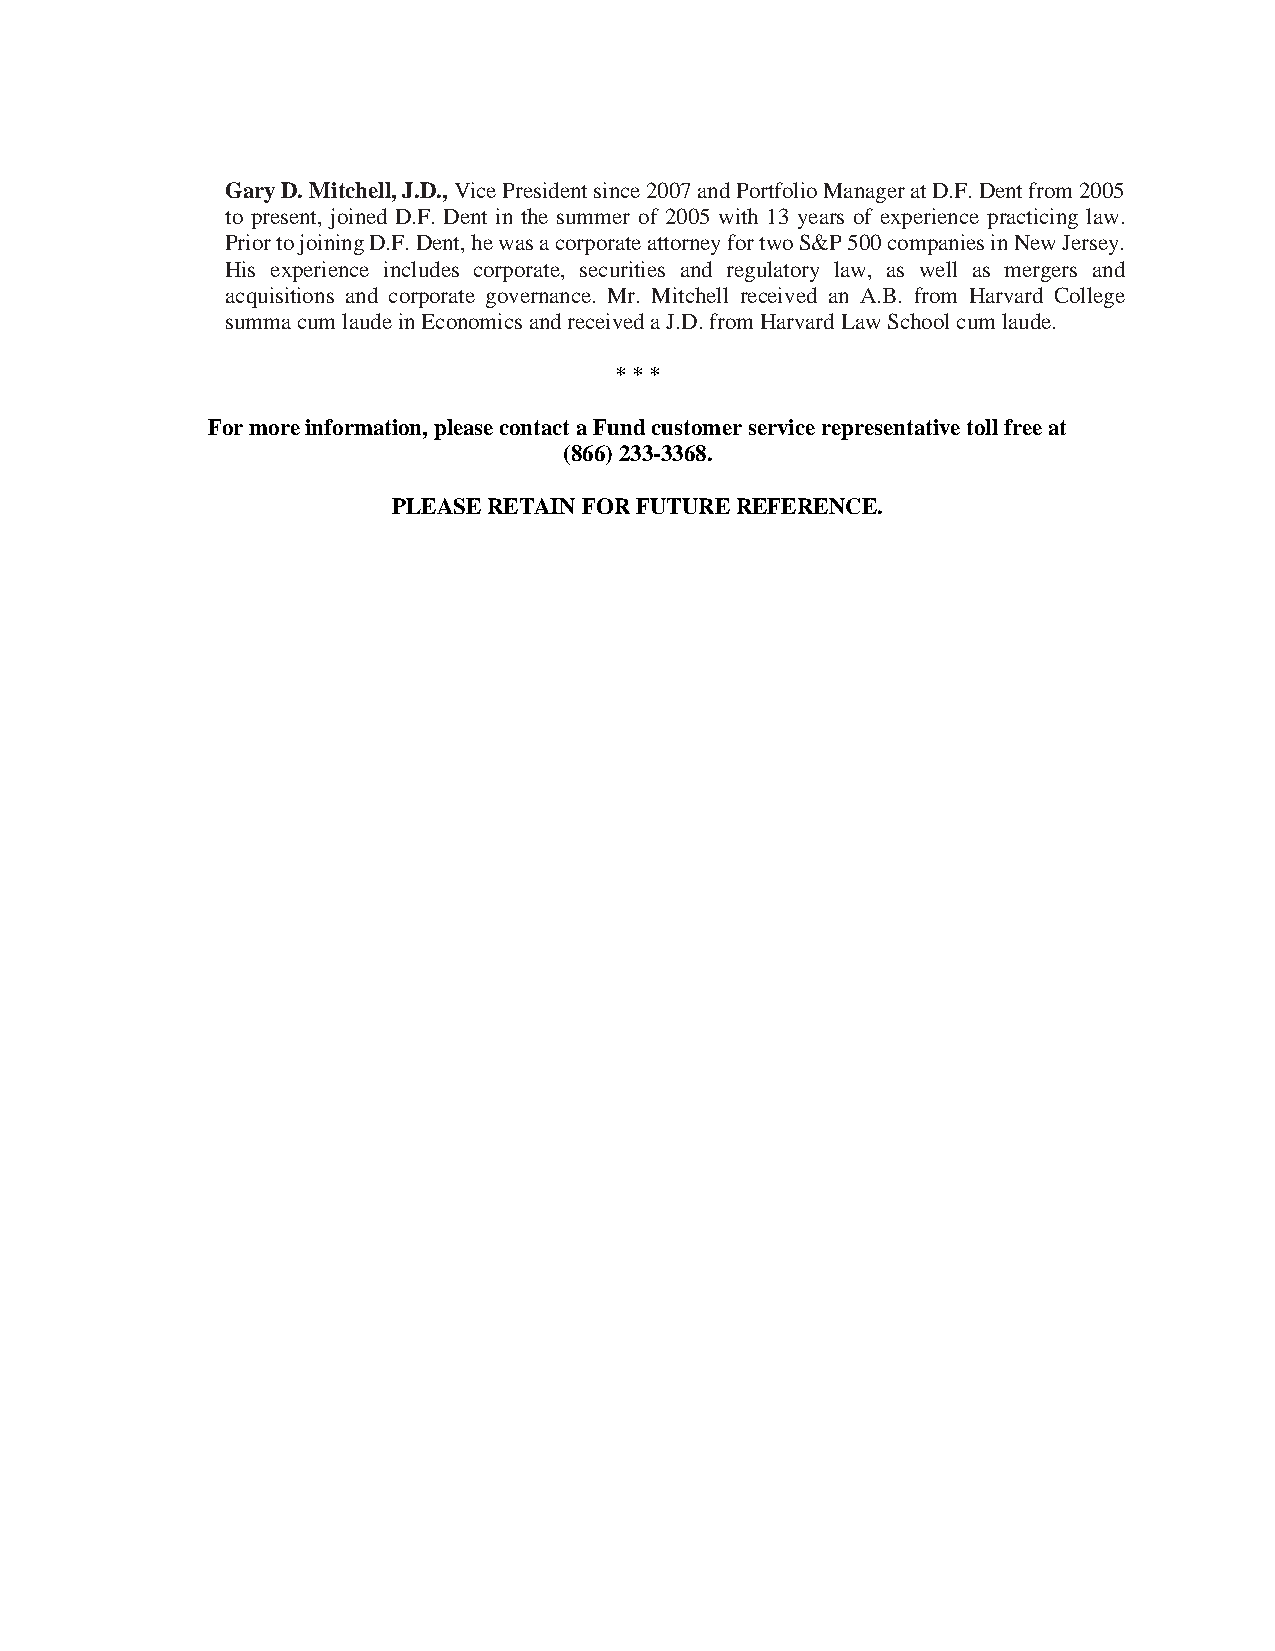
Gary D. Mitchell, J.D., Vice President since 2007 and Portfolio Manager at D.F. Dent from 2005
 to present, joined D.F. Dent in the summer of 2005 with 13 years of experience practicing law.
 Prior to joining D.F. Dent, he was a corporate attorney for two S&P 500 companies in New Jersey.
 His experience includes corporate, securities and regulatory law, as well as mergers and
 acquisitions and corporate governance. Mr. Mitchell received an A.B. from Harvard College
 summa cum laude in Economics and received a J.D. from Harvard Law School cum laude.
 * * *
 For more information, please contact a Fund customer service representative toll free at
 (866) 233-3368.
 PLEASE RETAIN FOR FUTURE REFERENCE.